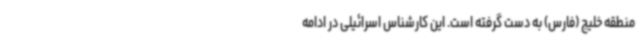
منطقه خلیج (فارس) به دست گرفته است. این کارشناس اسرائیلی در ادامه